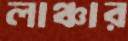
লাঞ্চার